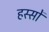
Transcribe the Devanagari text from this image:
हस्सों